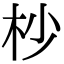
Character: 杪